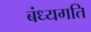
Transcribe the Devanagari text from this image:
बंध्यगति